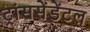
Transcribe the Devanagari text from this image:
ट्रांससेंडेंटल